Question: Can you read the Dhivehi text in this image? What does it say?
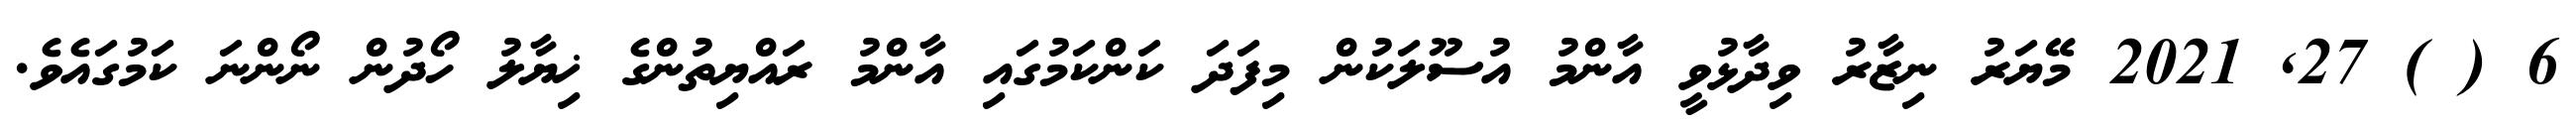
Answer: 6 ( ) 27, 2021 މޭޔަރު ނިޒާރު ވިދާޅުވީ އާންމު އުސޫލަކުން މިފަދަ ކަންކަމުގައި އާންމު ރައްޔިތުންގެ ޚިޔާލު ހޯދުން ނޯންނަ ކަމުގައެވެ.